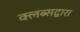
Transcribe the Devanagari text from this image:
क्लब्सद्वारा